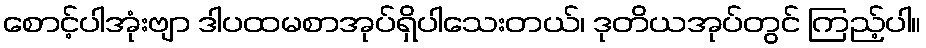
စောင့်ပါအုံးဗျာ ဒါပထမစာအုပ်ရှိပါသေးတယ်၊ ဒုတိယအုပ်တွင် ကြည့်ပါ။